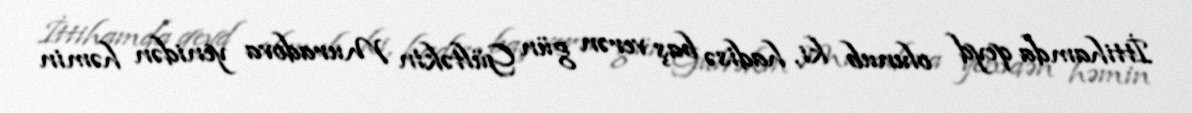
İttihamda qeyd olunub ki, hadisə baş verən gün Gültəkin Muradova yenidən həmin